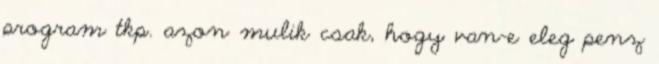
program tkp. azon mulik csak, hogy van-e eleg penz